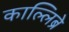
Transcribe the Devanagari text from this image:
काल्लिब्रे